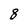
Character: 8